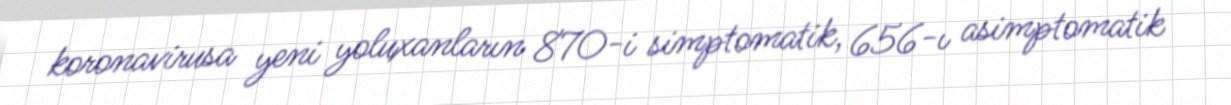
koronavirusa yeni yoluxanların 870-i simptomatik, 656-ı asimptomatik